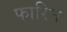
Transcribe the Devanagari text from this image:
फारिन